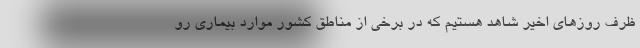
ظرف روزهای اخیر شاهد هستیم که در برخی از مناطق کشور موارد بیماری رو